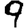
Digit: 9